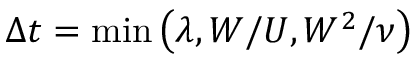
\Delta t = \operatorname* { m i n } { \left( \lambda , W / U , W ^ { 2 } / \nu \right) }